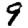
Digit: 9